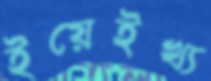
ইয়েইখ্য